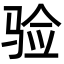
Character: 验